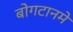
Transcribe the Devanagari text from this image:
बोगटानमे